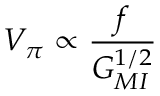
V _ { \pi } \propto \frac { f } { { G _ { M I } ^ { 1 / 2 } } }